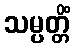
သမ္ပတ္တိံ